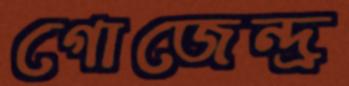
গোজেন্দ্র